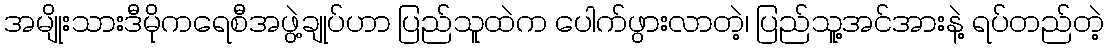
အမျိုးသားဒီမိုကရေစီအဖွဲ့ချုပ်ဟာ ပြည်သူထဲက ပေါက်ဖွားလာတဲ့၊ ပြည်သူ့အင်အားနဲ့ ရပ်တည်တဲ့